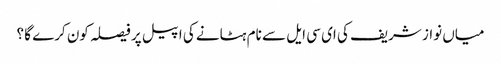
میاں نواز شریف کی ای سی ایل سے نام ہٹانے کی اپیل پر فیصلہ کون کرے گا ؟